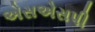
એસએસપી